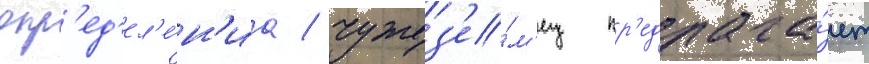
опр'ед'ел'е́н'иа / чужез'е́м'ец пр'едлага́ет